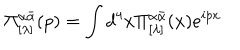
\Pi _ { [ \lambda ] } ^ { \alpha \bar { \alpha } } ( p ) = \int d ^ { 4 } x \Pi _ { [ \lambda ] } ^ { \alpha \bar { \alpha } } ( x ) e ^ { i p x }